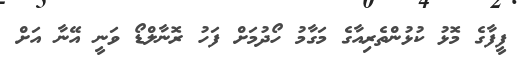
ފީފާގެ މޮޅު ކުޅުންތެރިއާގެ މަގާމު ހޯދުމަށް ފަހު ރޮނާލްޑޯ ވަނީ އޭނާ އަށް